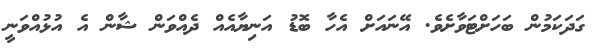
ގަދަކަމުން ބަހަށްޓަވާށެވެ. އޭނައަށް އެހާ ބޮޑު އަނިޔާއެއް ދެއްވަން ޝާން އެ އުޅުއްވަނީ